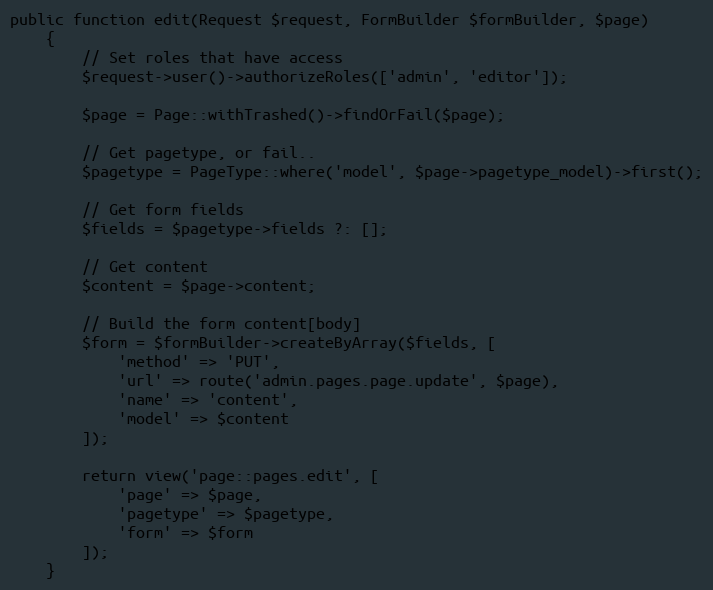
Language: PHP
public function edit(Request $request, FormBuilder $formBuilder, $page)
    {
        // Set roles that have access
        $request->user()->authorizeRoles(['admin', 'editor']);

        $page = Page::withTrashed()->findOrFail($page);

        // Get pagetype, or fail..
        $pagetype = PageType::where('model', $page->pagetype_model)->first();

        // Get form fields
        $fields = $pagetype->fields ?: [];

        // Get content
        $content = $page->content;

        // Build the form content[body]
        $form = $formBuilder->createByArray($fields, [
            'method' => 'PUT',
            'url' => route('admin.pages.page.update', $page),
            'name' => 'content',
            'model' => $content
        ]);

        return view('page::pages.edit', [
            'page' => $page,
            'pagetype' => $pagetype,
            'form' => $form
        ]);
    }